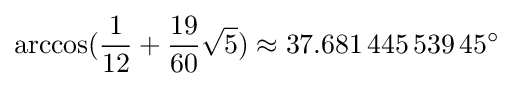
\arccos({\frac {1}{12}}+{\frac {19}{60}}{\sqrt {5}})\approx 37.681\,445\,539\,45^{\circ }